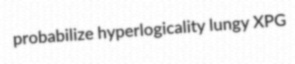
probabilize hyperlogicality lungy XPG